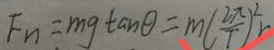
F _ { n } = m g \tan \theta = m ( \frac { 2 \pi } { T } ) ^ { 2 } r